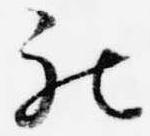
被